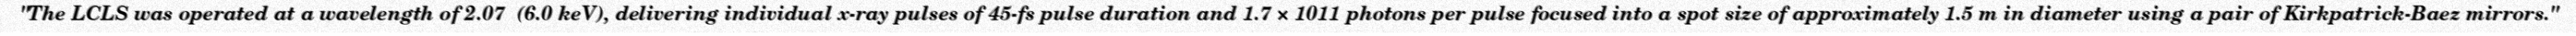
"The LCLS was operated at a wavelength of 2.07  (6.0 keV), delivering individual x-ray pulses of 45-fs pulse duration and 1.7 × 1011 photons per pulse focused into a spot size of approximately 1.5 m in diameter using a pair of Kirkpatrick-Baez mirrors."